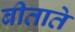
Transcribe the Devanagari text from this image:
बीताते